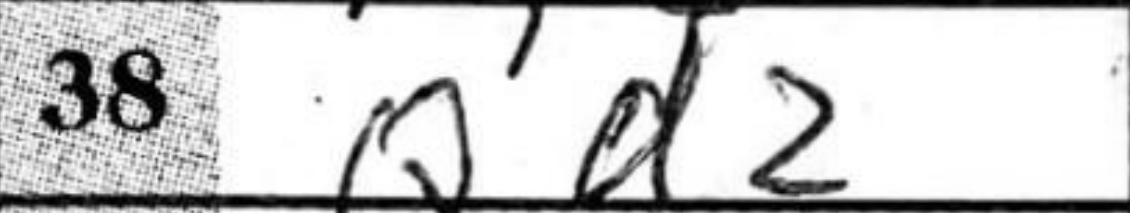
Transcription: Qd2